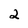
Character: 2